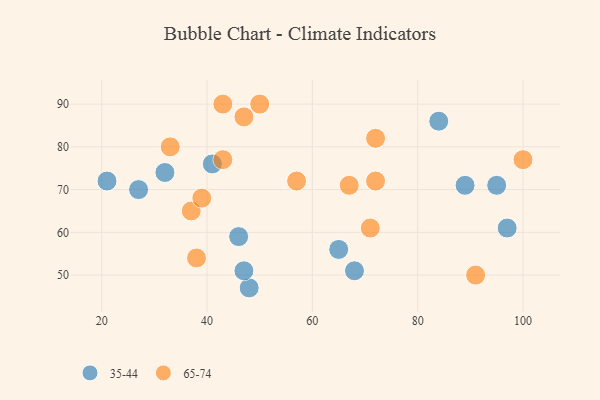
{"axis": {"x": "GDP", "y": "Life Expectancy"}, "legend": ["35-44", "65-74"], "data": [{"x": "48", "y": 47, "type": "35-44"}, {"x": "21", "y": 72, "type": "35-44"}, {"x": "97", "y": 61, "type": "35-44"}, {"x": "27", "y": 70, "type": "35-44"}, {"x": "84", "y": 86, "type": "35-44"}, {"x": "46", "y": 59, "type": "35-44"}, {"x": "41", "y": 76, "type": "35-44"}, {"x": "47", "y": 51, "type": "35-44"}, {"x": "89", "y": 71, "type": "35-44"}, {"x": "32", "y": 74, "type": "35-44"}, {"x": "68", "y": 51, "type": "35-44"}, {"x": "65", "y": 56, "type": "35-44"}, {"x": "95", "y": 71, "type": "35-44"}, {"x": "43", "y": 90, "type": "65-74"}, {"x": "71", "y": 61, "type": "65-74"}, {"x": "57", "y": 72, "type": "65-74"}, {"x": "37", "y": 65, "type": "65-74"}, {"x": "100", "y": 77, "type": "65-74"}, {"x": "67", "y": 71, "type": "65-74"}, {"x": "38", "y": 54, "type": "65-74"}, {"x": "47", "y": 87, "type": "65-74"}, {"x": "43", "y": 77, "type": "65-74"}, {"x": "50", "y": 90, "type": "65-74"}, {"x": "72", "y": 82, "type": "65-74"}, {"x": "91", "y": 50, "type": "65-74"}, {"x": "72", "y": 72, "type": "65-74"}, {"x": "39", "y": 68, "type": "65-74"}, {"x": "33", "y": 80, "type": "65-74"}]}